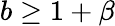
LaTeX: b\ge 1+\beta